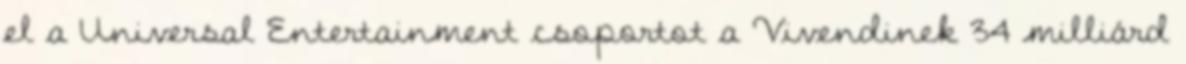
el a Universal Entertainment csoportot a Vivendinek 34 milliárd